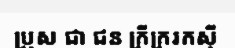
ប្រុស ជា ជន ក្រីក្ររកស៊ី